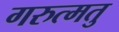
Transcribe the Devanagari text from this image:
गरुत्मतु